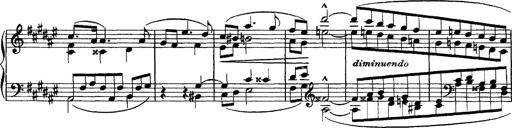
Title: Piano Sonata
Composer: Karl HÃ¤ssler
Key: C major